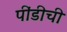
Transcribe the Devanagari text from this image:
पींडीची